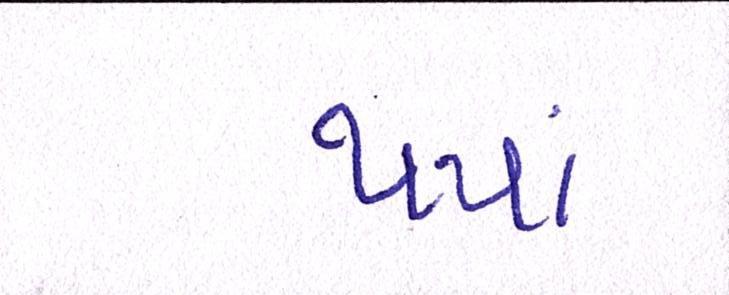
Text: થયાં